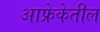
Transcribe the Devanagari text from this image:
आफ्रेकेतील